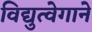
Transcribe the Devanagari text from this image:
विद्युत्‍वेगाने